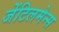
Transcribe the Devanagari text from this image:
जेंटिलमेन्स